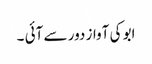
ابو کی آواز دور سے آئی ۔